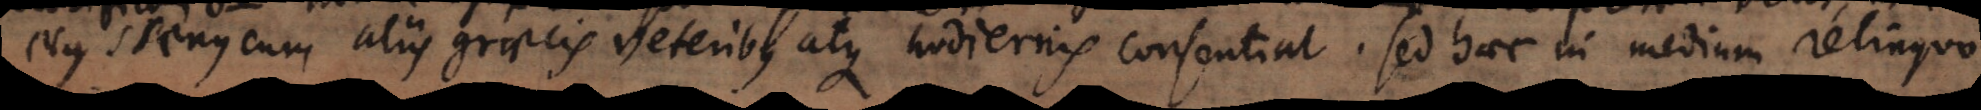
Nyssenus cum aliis Graecis veteribus atque hodiernis consentiat. Sed haec in medium relinquo